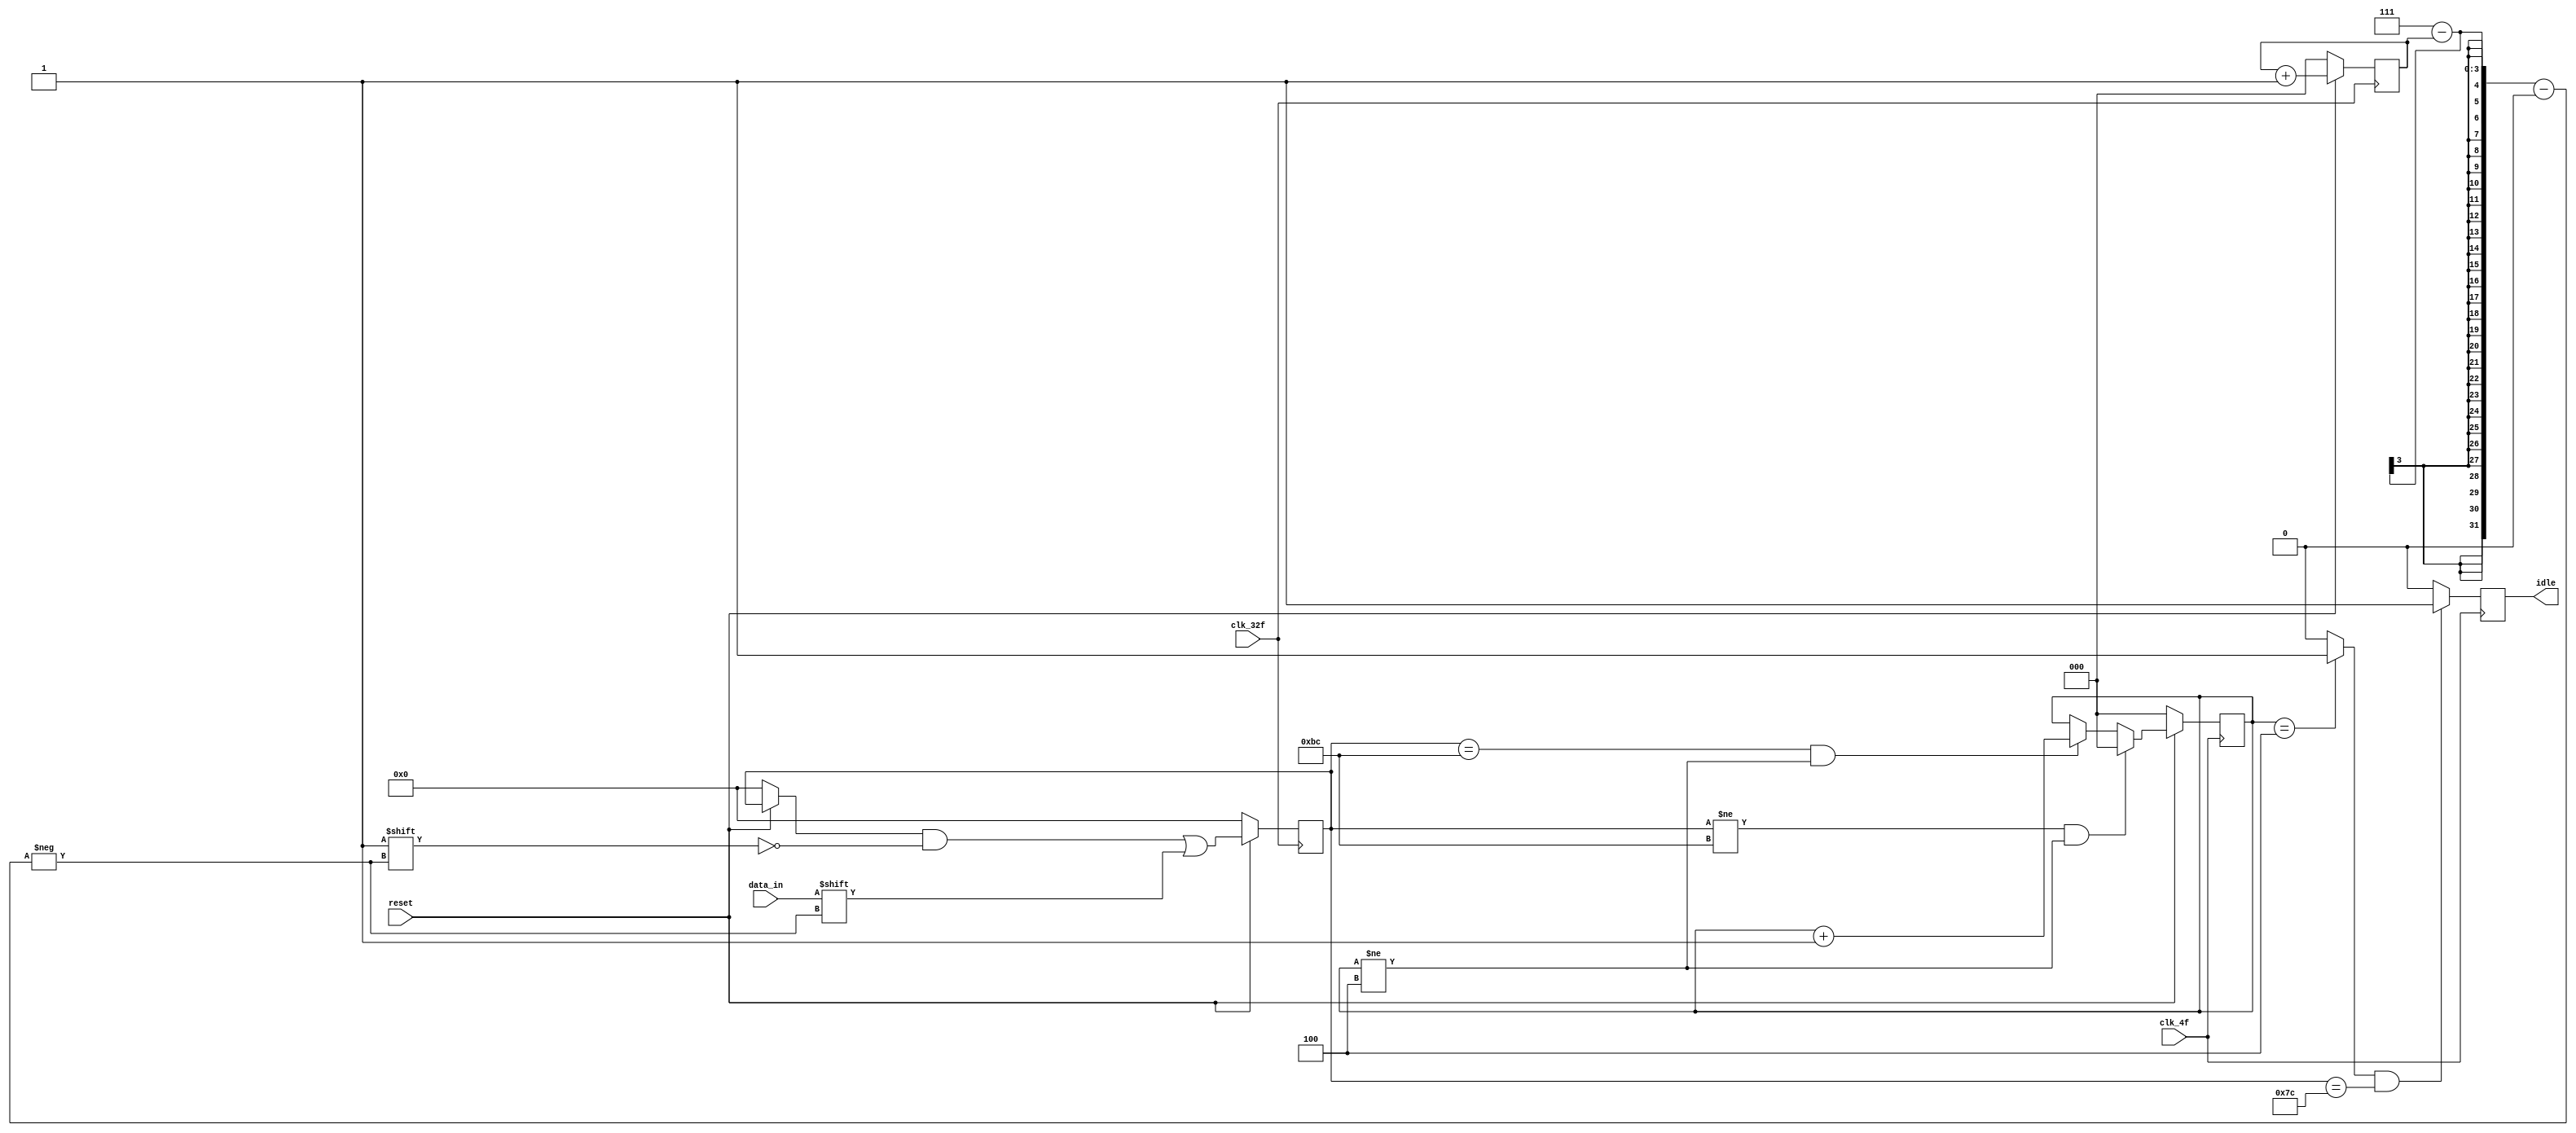
module Serial_paralelo_tx (clk_4f, clk_32f, data_in, reset,  idle);

	input 				clk_4f;
	input 				clk_32f;
	input				data_in;
	input				reset;
	output reg 			idle;


	reg [2:0] cont, BC_counter;		
	reg active;
	reg [7:0] data2out; 
	

	
	always @ (posedge clk_4f) begin
    if (reset == 0) begin 
			BC_counter <= 0;
      		idle <= 0;
    end
		else begin
			if (data2out == 'hBC && BC_counter != 4)
				BC_counter <= BC_counter + 1;
			if (data2out != 'hBC && BC_counter != 4)
				BC_counter <= 0;
		end
		if (active == 1 && data2out =='h7C) begin
			idle <= 1;
		end
		else
			idle <= 0;

	end
	
	always @ (posedge clk_32f) begin
		if (reset==0) begin
			cont <= 0;
			data2out <= 0;
		end
		else begin
			cont <= cont + 1;
		end
		if (reset==0) begin
		  data2out <= 0;
		end
		else begin
		  data2out[7-cont] <= data_in;
		end
	end
	
	always @ (*) begin
		active = 0;
		if (BC_counter == 4) 
			active = 1;
		else
			active = 0;
	end

endmodule